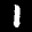
Label: 1